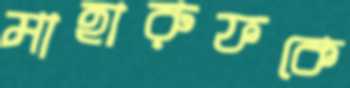
মাহারুফকে